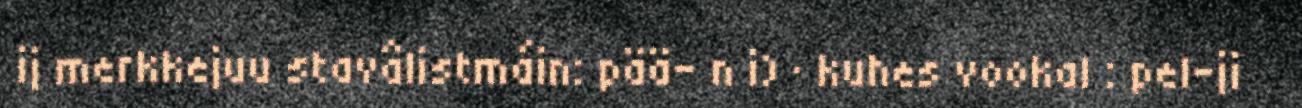
ij merkkejuu stavâlistmáin: pää- n i) · kuhes vookal : pel-ji